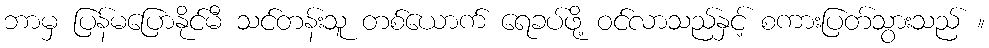
ဘာမှ ပြန်မပြောနိုင်မီ သင်တန်းသူ တစ်ယောက် ရေခပ်ဖို့ ဝင်လာသည်နှင့် စကားပြတ်သွားသည် ။